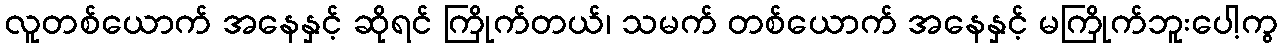
လူတစ်ယောက် အနေနှင့် ဆိုရင် ကြိုက်တယ်၊ သမက် တစ်ယောက် အနေနှင့် မကြိုက်ဘူးပေါ့ကွ